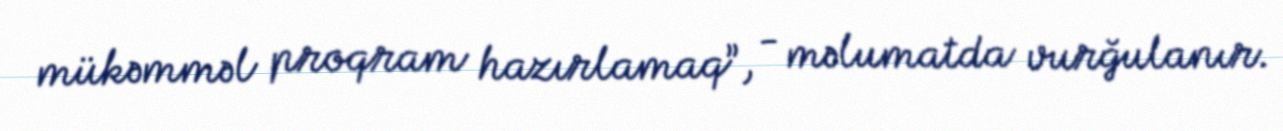
mükəmməl proqram hazırlamaq”, - məlumatda vurğulanır.